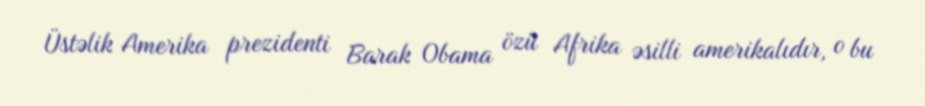
Üstəlik Amerika prezidenti Barak Obama özü Afrika əsilli amerikalıdır, o bu